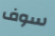
سوف